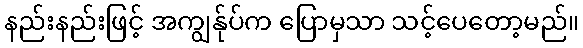
နည်းနည်းဖြင့် အကျွန်ုပ်က ပြောမှသာ သင့်ပေတော့မည်။